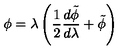
\phi = \lambda \left( \frac { 1 } { 2 } \frac { d \tilde { \phi } } { d \lambda } + \tilde { \phi } \right)